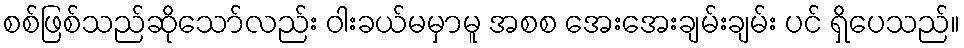
စစ်ဖြစ်သည်ဆိုသော်လည်း ဝါးခယ်မမှာမူ အစစ အေးအေးချမ်းချမ်း ပင် ရှိပေသည်။